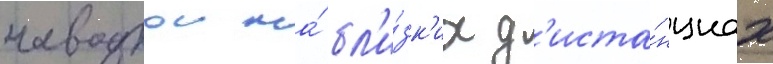
наводкои на́ бл'и́зк'их д'иста́нциах